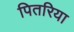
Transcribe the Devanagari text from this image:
पितरिया